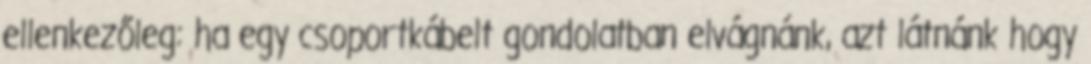
ellenkezőleg: ha egy csoportkábelt gondolatban elvágnánk, azt látnánk hogy